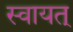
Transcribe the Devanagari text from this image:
स्वायत्